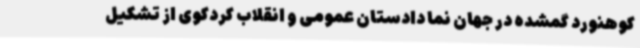
کوهنورد گمشده در جهان نما دادستان عمومی و انقلاب کردکوی از تشکیل